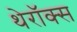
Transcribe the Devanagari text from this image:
थेरॉक्स